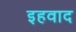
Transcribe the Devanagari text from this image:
इहवाद